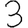
Digit: 3